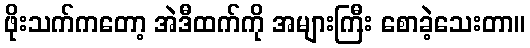
ဖိုးသက်ကတော့ အဲဒီထက်ကို အများကြီး စောခဲ့သေးတာ။